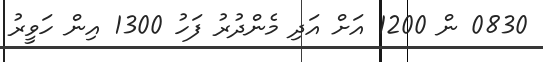
0830 ން 1200 އަށް އަދި މެންދުރު ފަހު 1300 އިން ހަވީރު